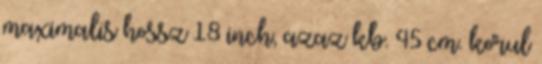
maximalis hossz 18 inch, azaz kb. 45 cm. korul